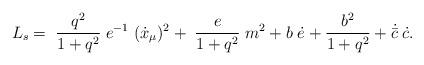
LaTeX: \begin{align*}L_{s} = \; \frac{q^2}{1 + q^2}\; e^{-1} \; ( \dot x_{\mu})^2+ \; \frac{e}{1 + q^2}\; m^2+ b\; \dot e + \frac{b^2}{1+q^2} + \dot {\bar c}\; \dot c.\end{align*}